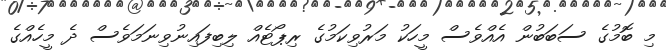
މި ބޮމުގެ ސަބަބުން އެއްވެސް މީހަކު މަރުވިކަމުގެ ރިޕޯޓެއް ލިބިފައިނުވިނަމަވެސް ދެ މީހެއްގެ